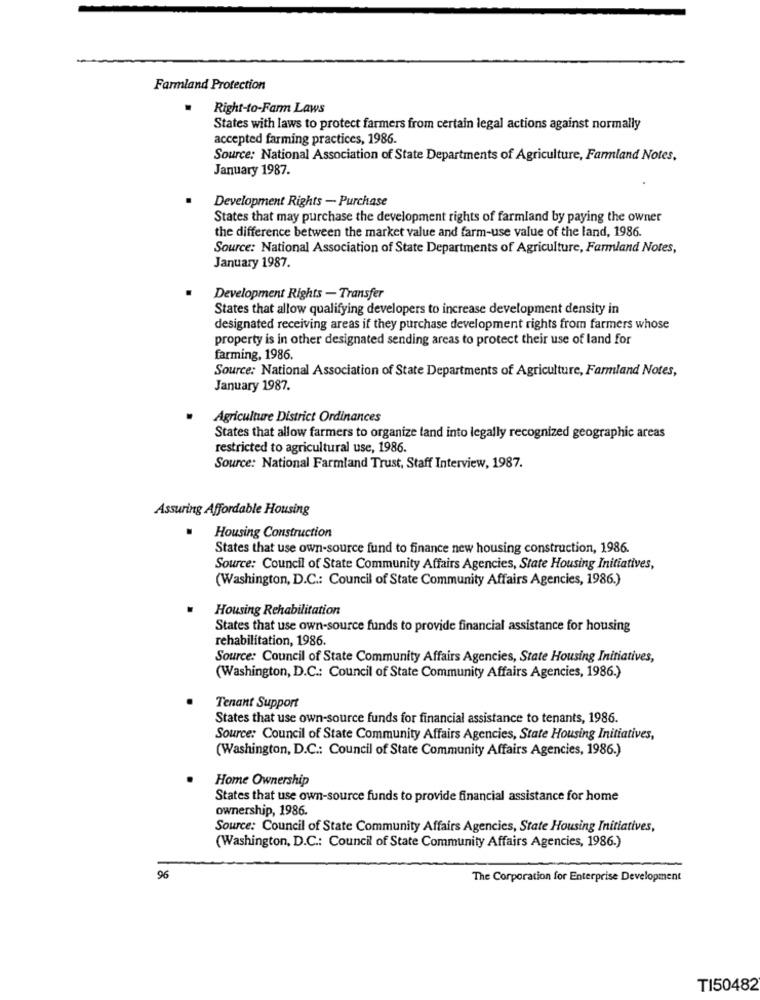
Farmland Protection
.
Right-to-Farm Laws
States with laws to protect farmers from certain legal actions against normally
accepted farming practices, 1986.
Source: National Association of State Departments of Agriculture, Farmland Notes,
January 1987.
Development Rights - Purchase
States that may purchase the development rights of farmland by paying the owner
the difference between the market value and farm-use value of the land, 1986.
Source: National Association of State Departments of Agriculture, Farmland Notes,
January 1987.
Development Rights - Transfer
States that allow qualifying developers to increase development density in
designated receiving areas if they purchase development rights from farmers whose
property is in other designated sending areas to protect their use of land for
farming, 1986
Source: National Association of State Departments of Agriculture, Farmland Notes,
January 1987.
Agriculture District Ordinances
States that allow farmers to organize land into legally recognized geographic areas
restricted to agricultural use, 1986.
Source: National Farmland Trust, Staff Interview, 1987.
Assuring Affordable Housing
Housing Construction
States that use own-source fund to finance new housing construction, 1986.
Source: Council of State Community Affairs Agencies, State Housing Initiatives,
(Washington, D.C .: Council of State Community Affairs Agencies, 1986.)
Housing Rehabilitation
States that use own-source funds to provide financial assistance for housing
rehabilitation, 1986.
Source: Council of State Community Affairs Agencies, State Housing Initiatives,
(Washington, D.C .: Council of State Community Affairs Agencies, 1986.)
Tenant Support
States that use own-source funds for financial assistance to tenants, 1986.
Source: Council of State Community Affairs Agencies, State Housing Initiatives,
(Washington, D.C .: Council of State Community Affairs Agencies, 1986.)
Home Ownership
States that use own-source funds to provide financial assistance for home
ownership, 1986.
Source: Council of State Community Affairs Agencies, State Housing Initiatives,
(Washington, D.C .: Council of State Community Affairs Agencies, 1986.)
96
The Corporation for Enterprise Development
TI50482